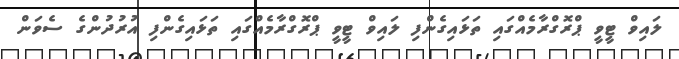
ލައިވް ޓީވީ ޕްރޮގްރާމެއްގައި ތަޅައިގެންފި ލައިވް ޓީވީ ޕްރޮގްރާމެއްގައި ތަޅައިގެންފި އުރުދުންގެ ސެވަން